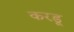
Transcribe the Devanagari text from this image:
करडू